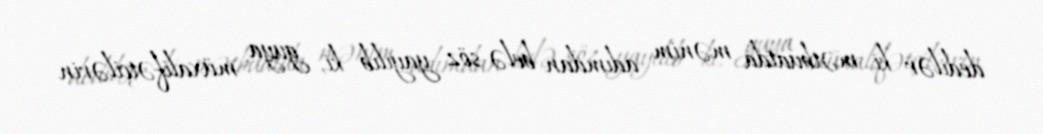
dedilər ki, mətbuatda mənim adımdan belə söz yayılıb ki, guya müxalifətçilərin